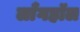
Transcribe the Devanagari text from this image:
लाँगहॉल